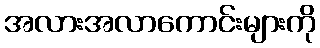
အလားအလာကောင်းများကို